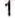
1